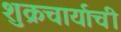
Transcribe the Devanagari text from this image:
शुक्रचार्याची